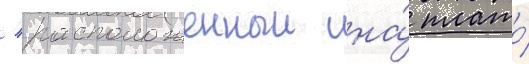
/ расположенныи на́ плато́